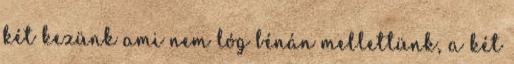
két kezünk ami nem lóg bénán mellettünk, a két